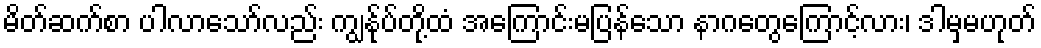
မိတ်ဆက်စာ ပါလာသော်လည်း ကျွန်ုပ်တို့ထံ အကြောင်းမပြန်သော နာဂတွေကြောင့်လား၊ ဒါမှမဟုတ်